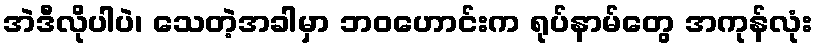
အဲဒီလိုပါပဲ၊ သေတဲ့အခါမှာ ဘဝဟောင်းက ရုပ်နာမ်တွေ အကုန်လုံး